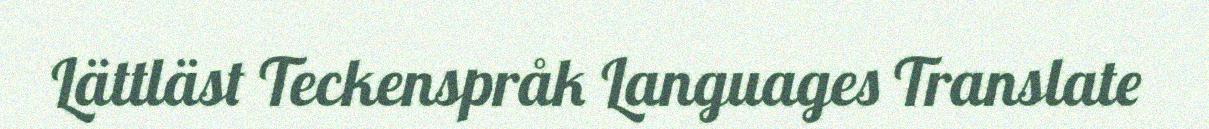
Lättläst Teckenspråk Languages Translate